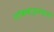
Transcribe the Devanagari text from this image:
लोकवाङ्‌मयाचे